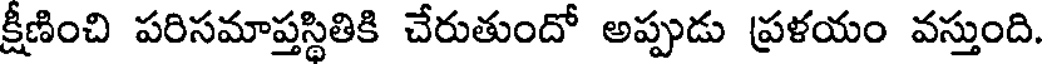
క్షీణించి పరిసమాప్తస్థితికి చేరుతుందో అప్పుడు ప్రళయం వస్తుంది.